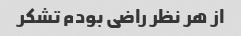
از هر نظر راضی بودم تشکر